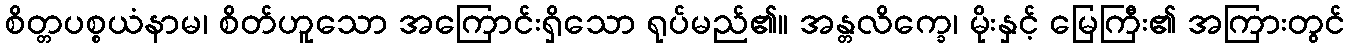
စိတ္တပစ္စယံနာမ၊ စိတ်ဟူသော အကြောင်းရှိသော ရုပ်မည်၏။ အန္တလိက္ခေ၊ မိုးနှင့် မြေကြီး၏ အကြားတွင်